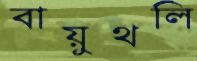
বায়ুথলি